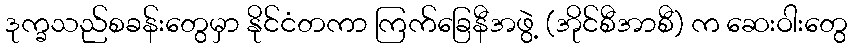
ဒုက္ခသည်စခန်းတွေမှာ နိုင်ငံတကာ ကြက်ခြေနီအဖွဲ့ (အိုင်စီအာစီ) က ဆေးဝါးတွေ